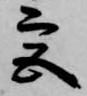
宮